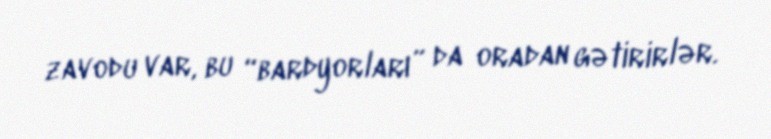
zavodu var, bu “bardyorları” da oradan gətirirlər.